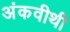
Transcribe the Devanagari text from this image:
अंकवीथी